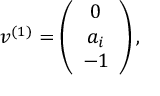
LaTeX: v ^ { ( 1 ) } = \left( \begin{array} { c c c } { { 0 } } \\ { { a _ { i } } } \\ { { - 1 } } \end{array} \right) ,